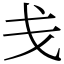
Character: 戋